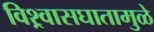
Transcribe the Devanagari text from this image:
विश्र्वासघातामुळे